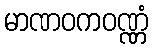
မာဏဝကဝဏ္ဏံ